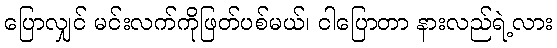
ပြောလျှင် မင်းလက်ကိုဖြတ်ပစ်မယ်၊ ငါပြောတာ နားလည်ရဲ့လား